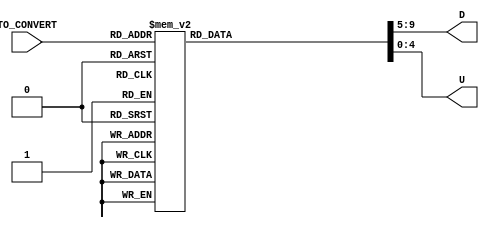
`timescale 1ns / 1ps
//////////////////////////////////////////////////////////////////////////////////
// Company: Gruppo 1
// 
// Design Name: 
// Module Name: DIGIT_DECODER
// Project Name: Thermostat Control System
// Target Devices: Basys 3
// Tool Versions: 
// Description: 
// 
// Dependencies: 
// 
// Revision:
// Revision 0.01 - File Created
// Additional Comments:
// 
//////////////////////////////////////////////////////////////////////////////////


module DIGIT_DECODER(
    input wire[5:0] TO_CONVERT,
    output reg[4:0] D,U
    );
    
    always@(TO_CONVERT)
    begin
        case(TO_CONVERT) //semplice decoder che preso un valore intero decimale a due cifre lo splitta in unit e decine
            6'd41: {D,U}={5'd4,5'd1};
            6'd40: {D,U}={5'd4,5'd0};
            6'd39: {D,U}={5'd3,5'd9};
            6'd38: {D,U}={5'd3,5'd8};
            6'd37: {D,U}={5'd3,5'd7};
            6'd36: {D,U}={5'd3,5'd6};
            6'd35: {D,U}={5'd3,5'd5};
            6'd34: {D,U}={5'd3,5'd4};
            6'd33: {D,U}={5'd3,5'd3};
            6'd32: {D,U}={5'd3,5'd2};
            6'd31: {D,U}={5'd3,5'd1};
            6'd30: {D,U}={5'd3,5'd0};
            6'd29: {D,U}={5'd2,5'd9};
            6'd28: {D,U}={5'd2,5'd8};
            6'd27: {D,U}={5'd2,5'd7};
            6'd26: {D,U}={5'd2,5'd6};
            6'd25: {D,U}={5'd2,5'd5};
            6'd24: {D,U}={5'd2,5'd4};
            6'd23: {D,U}={5'd2,5'd3};
            6'd22: {D,U}={5'd2,5'd2};
            6'd21: {D,U}={5'd2,5'd1};
            6'd20: {D,U}={5'd2,5'd0};
            6'd19: {D,U}={5'd1,5'd9};
            6'd18: {D,U}={5'd1,5'd8};
            6'd17: {D,U}={5'd1,5'd7};
            6'd16: {D,U}={5'd1,5'd6};
            6'd15: {D,U}={5'd1,5'd5};
            6'd14: {D,U}={5'd1,5'd4};
            6'd13: {D,U}={5'd1,5'd3};
            6'd12: {D,U}={5'd1,5'd2};
            6'd11: {D,U}={5'd1,5'd1};
            6'd10: {D,U}={5'd1,5'd0};
            6'd9:  {D,U}={5'd0,5'd9};
            6'd8:  {D,U}={5'd0,5'd8};
            6'd7:  {D,U}={5'd0,5'd7};
            6'd6:  {D,U}={5'd0,5'd6};
            6'd5:  {D,U}={5'd0,5'd5};
            6'd4:  {D,U}={5'd0,5'd4};
            6'd3:  {D,U}={5'd0,5'd3};
            6'd2:  {D,U}={5'd0,5'd2};
            6'd1:  {D,U}={5'd0,5'd1};
            6'd0:  {D,U}={5'd0,5'd0};
            default:   {D,U}={5'b11111,5'b11111};
        endcase
    end
    
endmodule